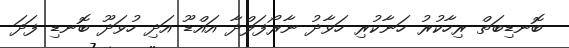
ބޮނޑިބަތް ރިހާކުރު ހަނާކުރި ހަވާދު ނާރޯފަލްދާ އައްޑޫ އަދި ހުވަދޫ ބޮނޑި ފަދަ